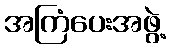
အကြံပေးအဖွဲ့